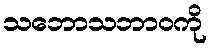
သဘောသဘာဝကို